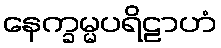
နေက္ခမ္မပရိဠာဟံ